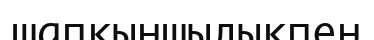
шапқыншылықпен